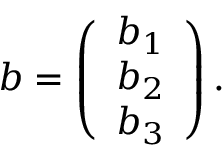
b = \left( \begin{array} { c } { { b _ { 1 } } } \\ { { b _ { 2 } } } \\ { { b _ { 3 } } } \end{array} \right) .